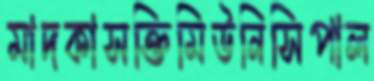
মাদকাসক্তিমিউনিসিপাল